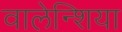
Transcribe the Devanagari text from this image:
वालेन्शिया